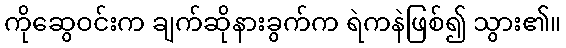
ကိုဆွေဝင်းက ချက်ဆိုနားခွက်က ရဲကနဲဖြစ်၍ သွား၏။